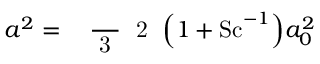
a ^ { 2 } = \mathrm { ~ \small ~ \displaystyle ~ \frac ~ { ~ 3 ~ } ~ { ~ 2 ~ } ~ } \Bigl ( 1 + \ensuremath { \mathrm { S c } } ^ { - 1 } \Bigr ) a _ { 0 } ^ { 2 }